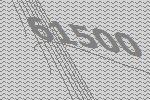
61500